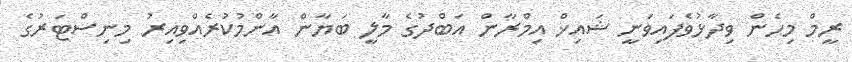
ރީމް މިހެން ވިދާޅުވެފައިވަނީ ޝައިޚް އިމްރާން އަބްދުގެ މާލީ ބަޔާން އާންމުކުރެއްވިއިރު މިނިސްޓަރުގެ